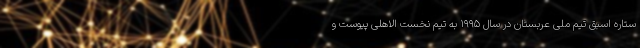
ستاره اسبق تیم ملی عربستان در سال ۱۹۹۵ به تیم نخست الاهلی پیوست و